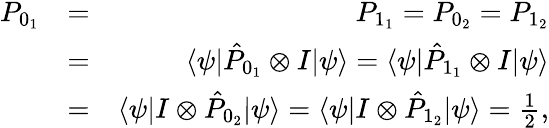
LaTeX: \begin{array}{rlr}{P_{0_{1}}}&{=}&{P_{1_{1}}=P_{0_{2}}=P_{1_{2}}}\\ &{=}&{\langle\psi|\hat{P}_{0_{1}}\otimes I|\psi\rangle=\langle\psi|\hat{P}_{1_{1}}\otimes I|\psi\rangle}\\ &{=}&{\langle\psi|I\otimes\hat{P}_{0_{2}}|\psi\rangle=\langle\psi|I\otimes\hat{P}_{1_{2}}|\psi\rangle=\frac{1}{2},}\end{array}